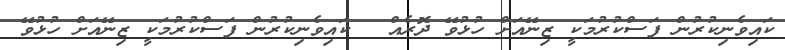
ކައިވެނިކުރުން ފަސްކުރުމަކީ ޒިނޭއަށް ހުޅުވޭ ދޮރެއް  	ކައިވެނިކުރުން ފަސްކުރުމަކީ ޒިނޭއަށް ހުޅުވޭ